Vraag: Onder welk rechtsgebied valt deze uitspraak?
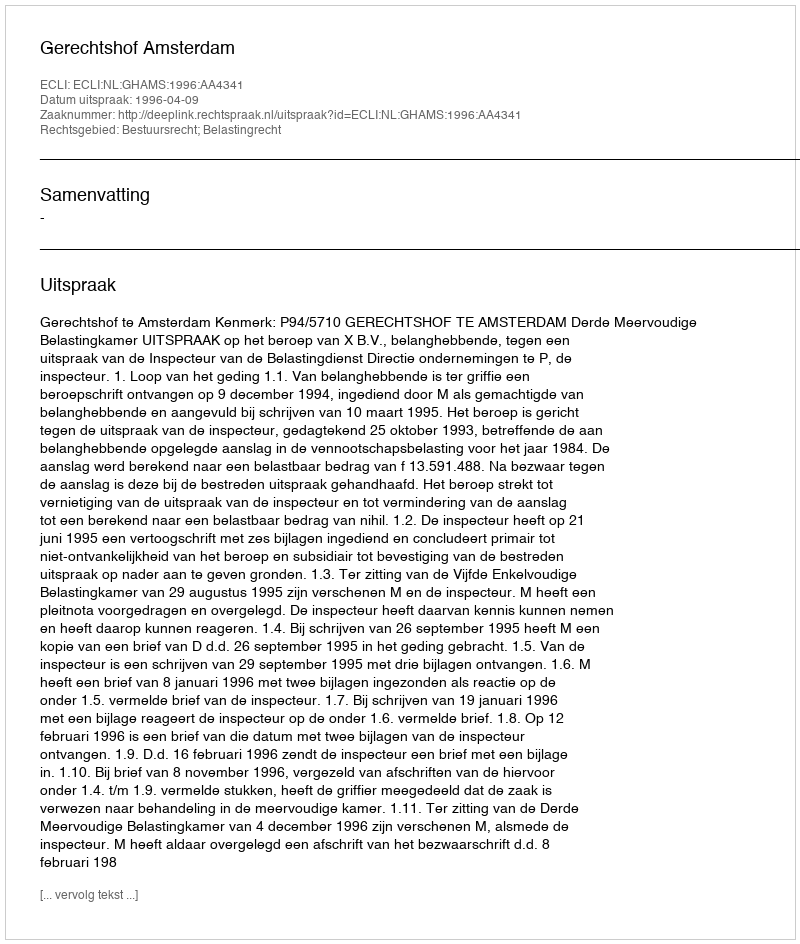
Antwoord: Bestuursrecht; Belastingrecht